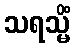
သရသ္မိံ